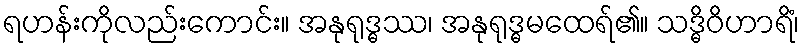
ရဟန်းကိုလည်းကောင်း။ အနုရုဒ္ဓဿ၊ အနုရုဒ္ဓမထေရ်၏။ သဒ္ဓိဝိဟာရိံ၊